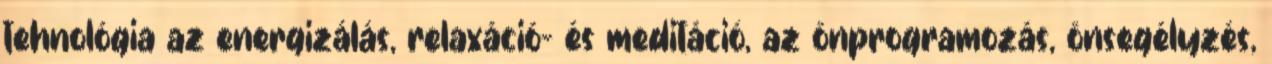
tehnológia az energizálás, relaxáció- és meditáció, az önprogramozás, önsegélyzés,